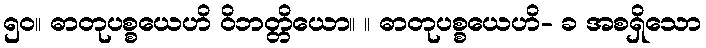
၅၀။ ဓာတုပစ္စယေဟိ ဝိဘတ္တိယော။ ။ ဓာတုပစ္စယေဟိ- ခ အစရှိသော